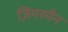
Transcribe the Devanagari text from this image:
ज़िमरमैन